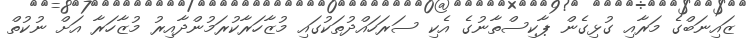
ޒައިނަބްގެ މަރާއި ގުޅިގެން ޕާކިސްތާނުގެ އެކި ސަރަހައްދުތަކުގައި މުޒާހަރާކުރަމުންދާއިރު މުޒާހަރާ އަށް ނުކުތް